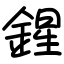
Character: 鍟